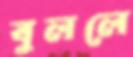
বুললে